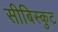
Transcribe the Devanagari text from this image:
सीबिस्कुट